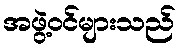
အဖွဲ့ဝင်များသည်